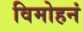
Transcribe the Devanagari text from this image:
विमोहनं